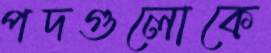
পদগুলোকে